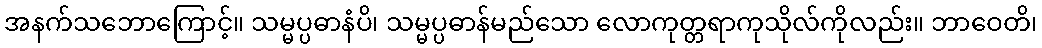
အနက်သဘောကြောင့်။ သမ္မပ္ပဓာနံပိ၊ သမ္မပ္ပဓာန်မည်သော လောကုတ္တရာကုသိုလ်ကိုလည်း။ ဘာဝေတိ၊